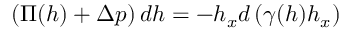
\left( \Pi ( h ) + \Delta p \right) d h = - h _ { x } d \left( \gamma ( h ) h _ { x } \right)